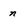
Character: n